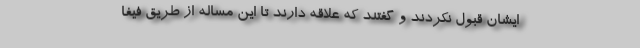
ایشان قبول نکردند و گفتند که علاقه دارند تا این مساله از طریق فیفا